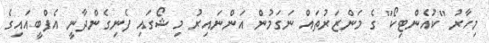
މިހާރު "ކުއެންޓިކޯ" ގެ މަންޒަރުތައް ނަގަމުން އަންނައިރު މި ޝޯގައި ފެނިގެންދާނީ އެފްބީއައިގެ